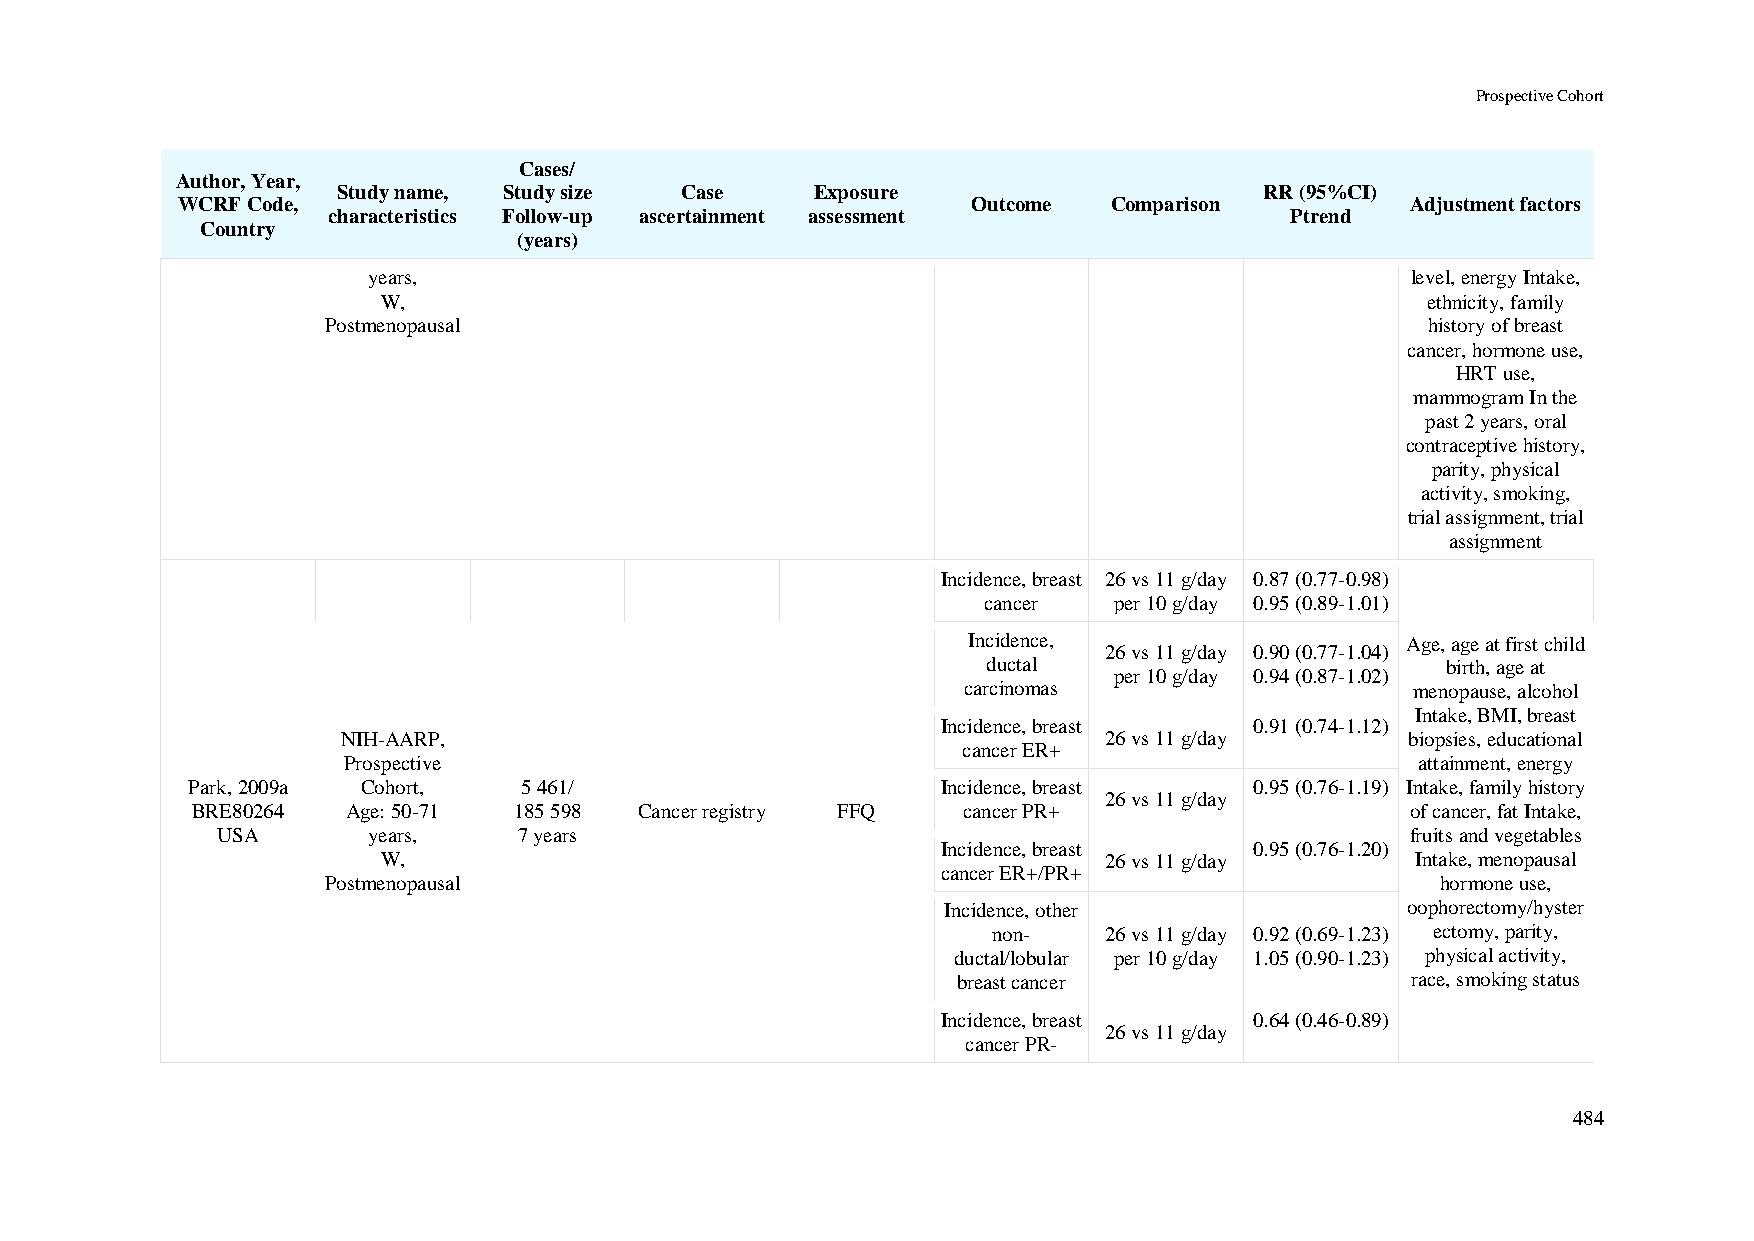
Prospective Cohort
 Cases/
 Author, Year,
 Study name, Study size Case     Exposure                      RR (95%CI)
 WCRF Code,                                          Outcome   Comparison         Adjustment factors
 characteristics Follow-up ascertainment assessment             Ptrend
 Country
 (years)
 years,                                                               level, energy Intake,
 W,                                                                   ethnicity, family
 Postmenopausal                                                           history of breast
 cancer, hormone use,
 HRT use,
 mammogram In the
 past 2 years, oral
 contraceptive history,
 parity, physical
 activity, smoking,
 trial assignment, trial
 assignment
 Incidence, breast 26 vs 11 g/day 0.87 (0.77-0.98)
 cancer   per 10 g/day 0.95 (0.89-1.01)
 Incidence,                   Age, age at first child
 26 vs 11 g/day 0.90 (0.77-1.04)
 ductal                         birth, age at
 per 10 g/day 0.94 (0.87-1.02)
 carcinomas                    menopause, alcohol
 Intake, BMI, breast
 Incidence, breast    0.91 (0.74-1.12)
 NIH-AARP,                                         26 vs 11 g/day      biopsies, educational
 cancer ER+
 Prospective                                                            attainment, energy
 Park, 2009a Cohort,   5 461/                      Incidence, breast    0.95 (0.76-1.19) Intake, family history
 26 vs 11 g/day
 BRE80264  Age: 50-71 185 598 Cancer registry FFQ   cancer PR+                   of cancer, fat Intake,
 USA       years,    7 years                                                    fruits and vegetables
 Incidence, breast    0.95 (0.76-1.20)
 W,                                              26 vs 11 g/day       Intake, menopausal
 cancer ER+/PR+
 Postmenopausal                                                           hormone use,
 Incidence, other               oophorectomy/hyster
 non-   26 vs 11 g/day 0.92 (0.69-1.23) ectomy, parity,
 ductal/lobular per 10 g/day 1.05 (0.90-1.23) physical activity,
 breast cancer                 race, smoking status
 Incidence, breast    0.64 (0.46-0.89)
 26 vs 11 g/day
 cancer PR-
 484